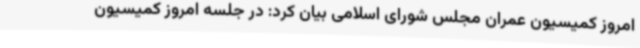
امروز کمیسیون عمران مجلس شورای اسلامی بیان کرد: در جلسه امروز کمیسیون